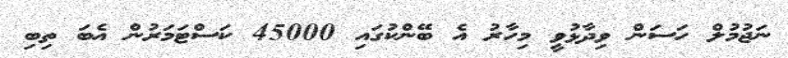
ނަޖުމުލް ހަސަން ވިދާޅުވީ މިހާރު އެ ބޭންކުގައި 45000 ކަސްޓަމަރުން އެބަ ތިބި